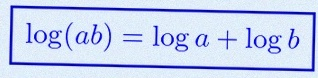
\log(ab)=\log a+\log b